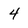
Character: 4